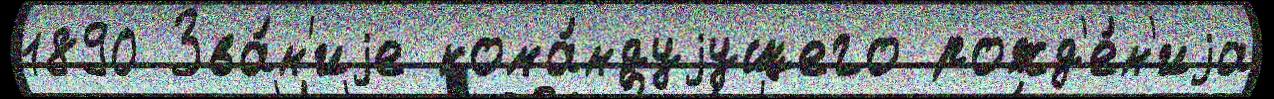
1890 Зва́н'иjе кома́ндуjущего рожд'е́н'иjа